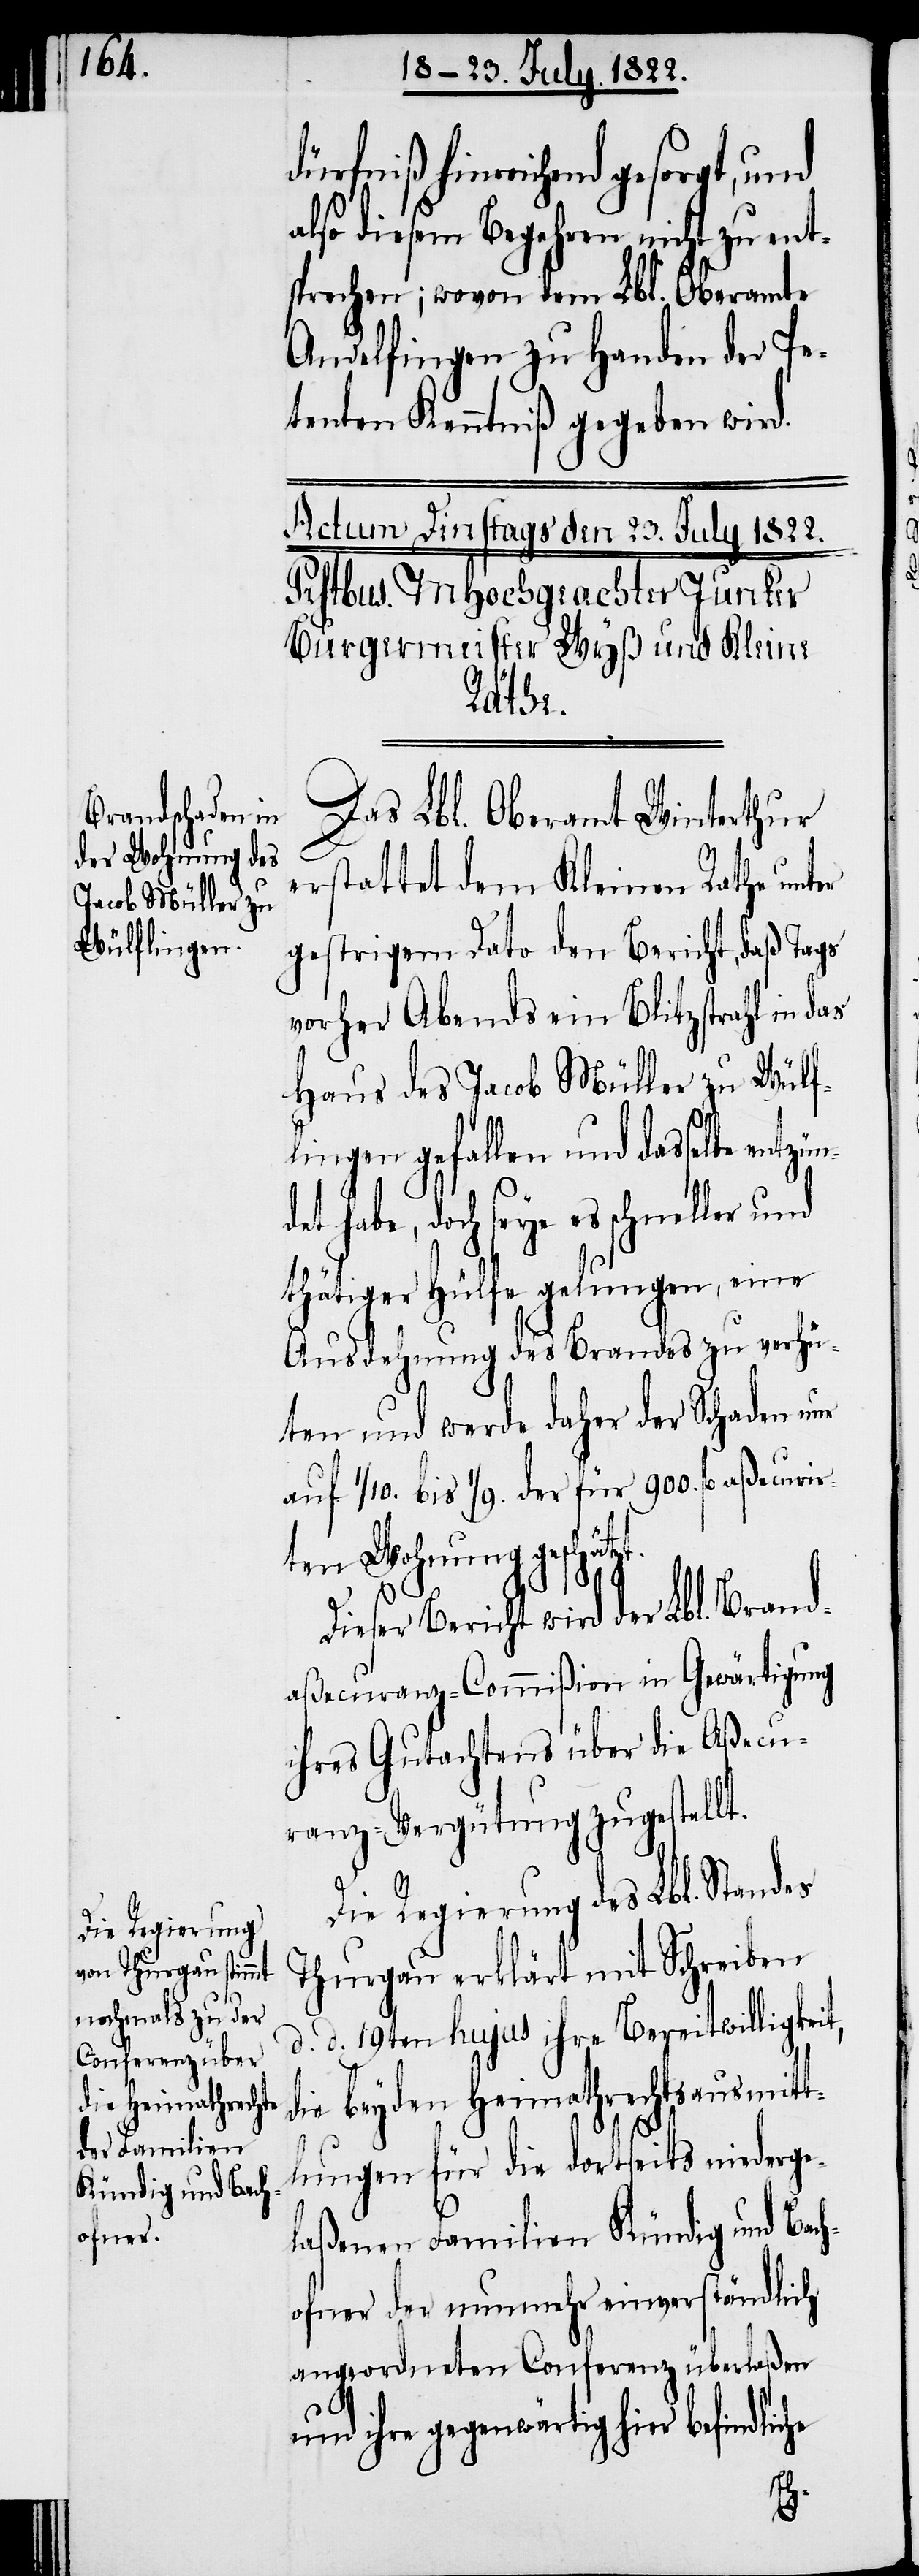
dürfniß hinreichend gesorgt, und
also diesem Begehren nicht zu ent¬
sprechen; wovon dem Lbl. Oberamte
Andelfingen zu Handen der Pe¬
tenten Kenntniß gegeben wird.
Das Lbl. Oberamt Winterthur
erstattet dem Kleinen Rathe unter
gestrigem Dato den Bericht, daß Tags
vorher Abends ein Blitzstrahl in das
Haus des Jacob Müller zu Wülf¬
lingen gefallen und dasselbe
habe, doch seye es schneller und
thätiger Hülfe gelungen, eine
Ausdehnung des Brands zu verhü¬
ten und werde daher der Schaden nur
auf 1/10 bis 1/9. der für 900 fl. aßecurir¬
ten Wohnung geschät¬
Dieser Bericht wird der Lbl. Brand¬
aßecuranz-Commißion in Gewärtigung
ihres Gutachtens über die Aßecu¬
ranz-Vergütung zugestellt.
Die Regierung des Lbl. Standes
Thurgau erklärt mit Schreiben
d. d. 19ten hujus ihre Bereitwilligkeit,
die beyden Heimathrechtsausmitt¬
zt.
lungen für die dortseits niederge¬
laßenen Familien Kündig und Bac¬
hofner der nunmehr einverständlich
angeordneten Conferenz überlaßen
und ihre gegenwärtig hier befindliche